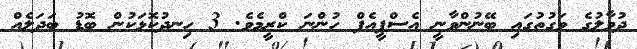
ދުވާލުގެ ވަގުތުގައި ބޭނުންވާނީ އެސްޕީއެފް ހުންނަ ކްރީމެވެ. 3 ހިނދުކޮޅަކުން ބޮޑު ބަދަލެއް